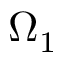
\Omega _ { 1 }